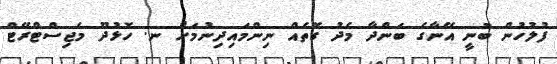
ފުލުހުން ބުނީ އޭނާގެ ބަންދާ މެދު ގޮތެއް ނިންމައިދިނުމަށް ނ. ހޮޅުދޫ މެޖިސްޓްރޭޓް